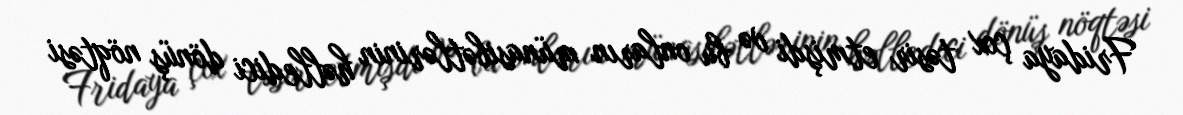
Fridaya çox təsir etmişdi və bu onların münasibətlərinin həlledici dönüş nöqtəsi